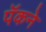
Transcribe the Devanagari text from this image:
पॅकने